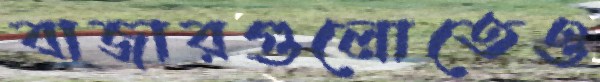
বাজারগুলোতেও